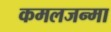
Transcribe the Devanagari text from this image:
कमलजन्मा